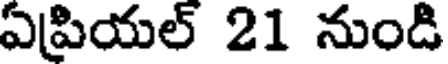
ఏప్రియల్ 21 నుండి